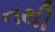
નથી